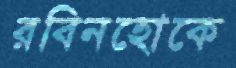
রবিনহোকে